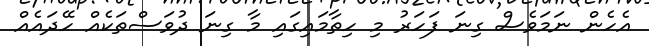
އެހެން ނަމަވެސް ގިނަ ފަހަރު މި ހިތާމައިގައި މާ ގިނަ ދުވަސްތަކެއް ހޭދައެއް